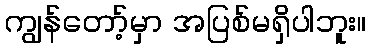
ကျွန်တော့်မှာ အပြစ်မရှိပါဘူး။